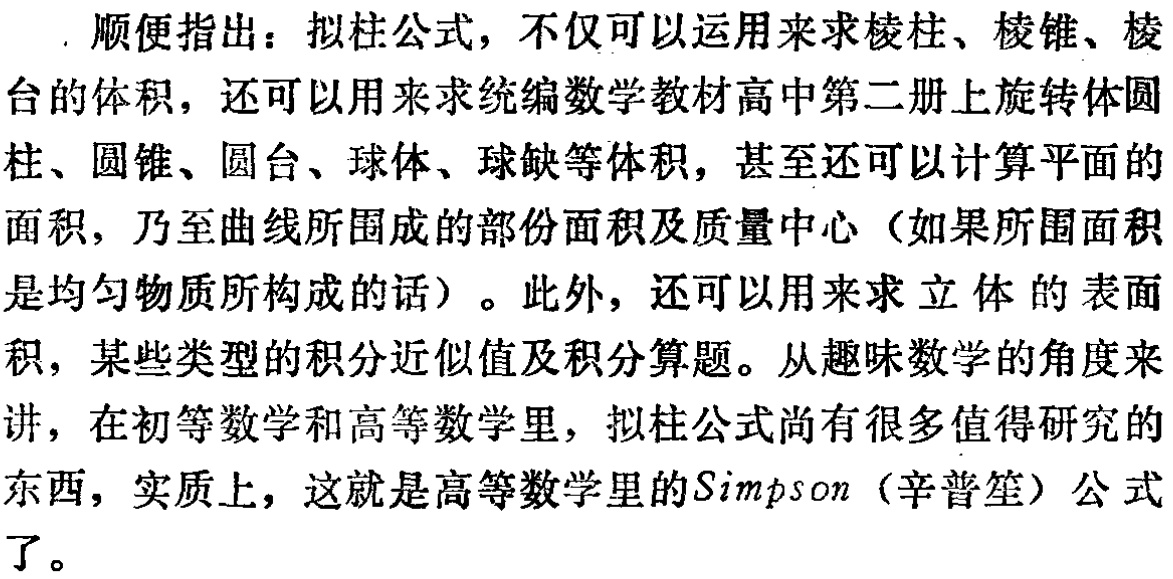
. 顺便指出：拟柱公式，不仅可以运用来求棱柱、棱锥、棱台的体积，还可以用来求统编数学教材高中第二册上旋转体圆柱、圆锥、圆台、球体、球缺等体积，甚至还可以计算平面的面积，乃至曲线所围成的部份面积及质量中心（如果所围面积是均匀物质所构成的话）。此外，还可以用来求立体的表面积，某些类型的积分近似值及积分算题。从趣味数学的角度来讲，在初等数学和高等数学里，拟柱公式尚有很多值得研究的东西，实质上，这就是高等数学里的\(Simpson\)（辛普笙）公式了。